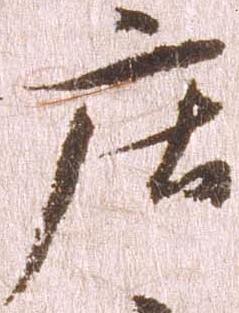
庄